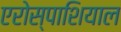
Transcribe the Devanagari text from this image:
एरोस्पाशियाल